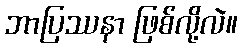
ဘာပြဿနာ ဖြစ်လို့လဲ။